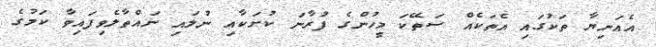
އެއަނިޔާ ތަކުގައި އެތަކެއް ސަތޭކަ މީހުންގެ ފުރާނަ ކުށަކާއި ނުލައި ނައްތާލެވިފައިވާ ކަމުގެ